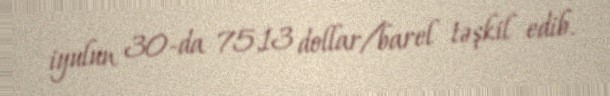
iyulun 30-da 75,13 dollar/barel təşkil edib.